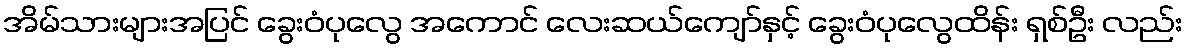
အိမ်သားများအပြင် ခွေးဝံပုလွေ အကောင် လေးဆယ်ကျော်နှင့် ခွေးဝံပုလွေထိန်း ရှစ်ဦး လည်း